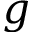
g